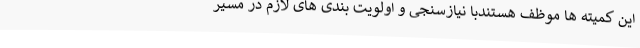
این کمیته ها موظف هستندبا نیازسنجی و اولویت بندی های لازم در مسیر